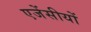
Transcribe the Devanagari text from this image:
एजेंसीयों